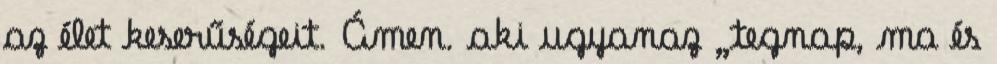
az élet keserűségeit. Ámen. aki ugyanaz „tegnap, ma és